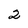
Character: 2